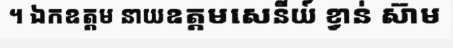
។ ឯកឧត្តម នាយឧត្តមសេនីយ៍ ខ្វាន់ ស៊ាម